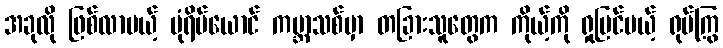
အခုလို ဖြစ်လာမယ့် ပုံရိပ်ယောင် ကမ္ဘာသစ်မှာ တခြားသူတွေက ကိုယ့်ကို ရှုမြင်မယ့် ရုပ်ကြွ